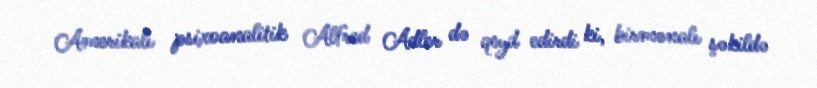
Amerikalı psixoanalitik Alfred Adler də qeyd edirdi ki, birmənalı şəkildə